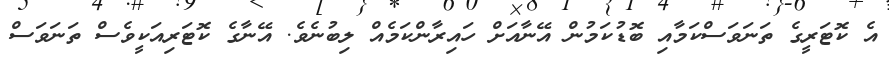
އެ ކޮޓަރީގެ ތަނަވަސްކަމާއި ބޮޑުކަމުން އޭނާއަށް ހައިރާންކަމެއް ލިބުނެވެ. އޭނާގެ ކޮޓަރިއަކީވެސް ތަނަވަސް